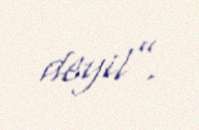
deyil”.